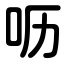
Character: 呖